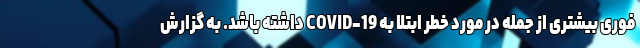
فوری بیشتری از جمله در مورد خطر ابتلا به COVID-19 داشته باشد. به گزارش